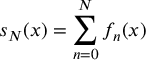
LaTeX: s _ { N } ( x ) = \sum _ { n = 0 } ^ { N } f _ { n } ( x )